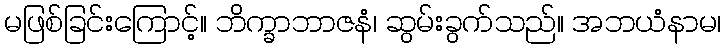
မဖြစ်ခြင်းကြောင့်။ ဘိက္ခာဘာဇနံ၊ ဆွမ်းခွက်သည်။ အဘယံနာမ၊